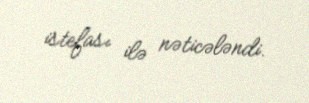
istefası ilə nəticələndi.